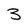
Character: 3